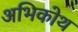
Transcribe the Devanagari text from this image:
अभिकोथ